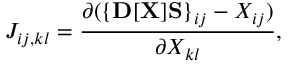
{ \displaystyle { \cal J } _ { i j , k l } = \frac { \partial ( \{ { \bf D } [ { \bf X } ] { \bf S } \} _ { i j } - X _ { i j } ) } { \partial X _ { k l } } , }